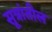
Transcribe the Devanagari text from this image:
सूत्रांतील